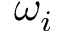
\omega _ { i }